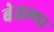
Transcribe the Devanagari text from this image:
बेतल्या